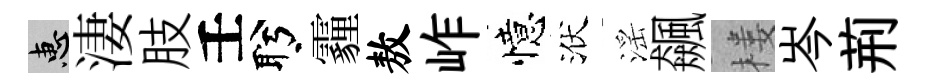
惠淒肢壬盻霾敖岞憶洑滛飆楼岑荊